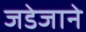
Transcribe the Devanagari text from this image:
जडेजाने